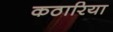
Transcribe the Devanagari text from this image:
कठारिया